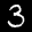
Label: 3